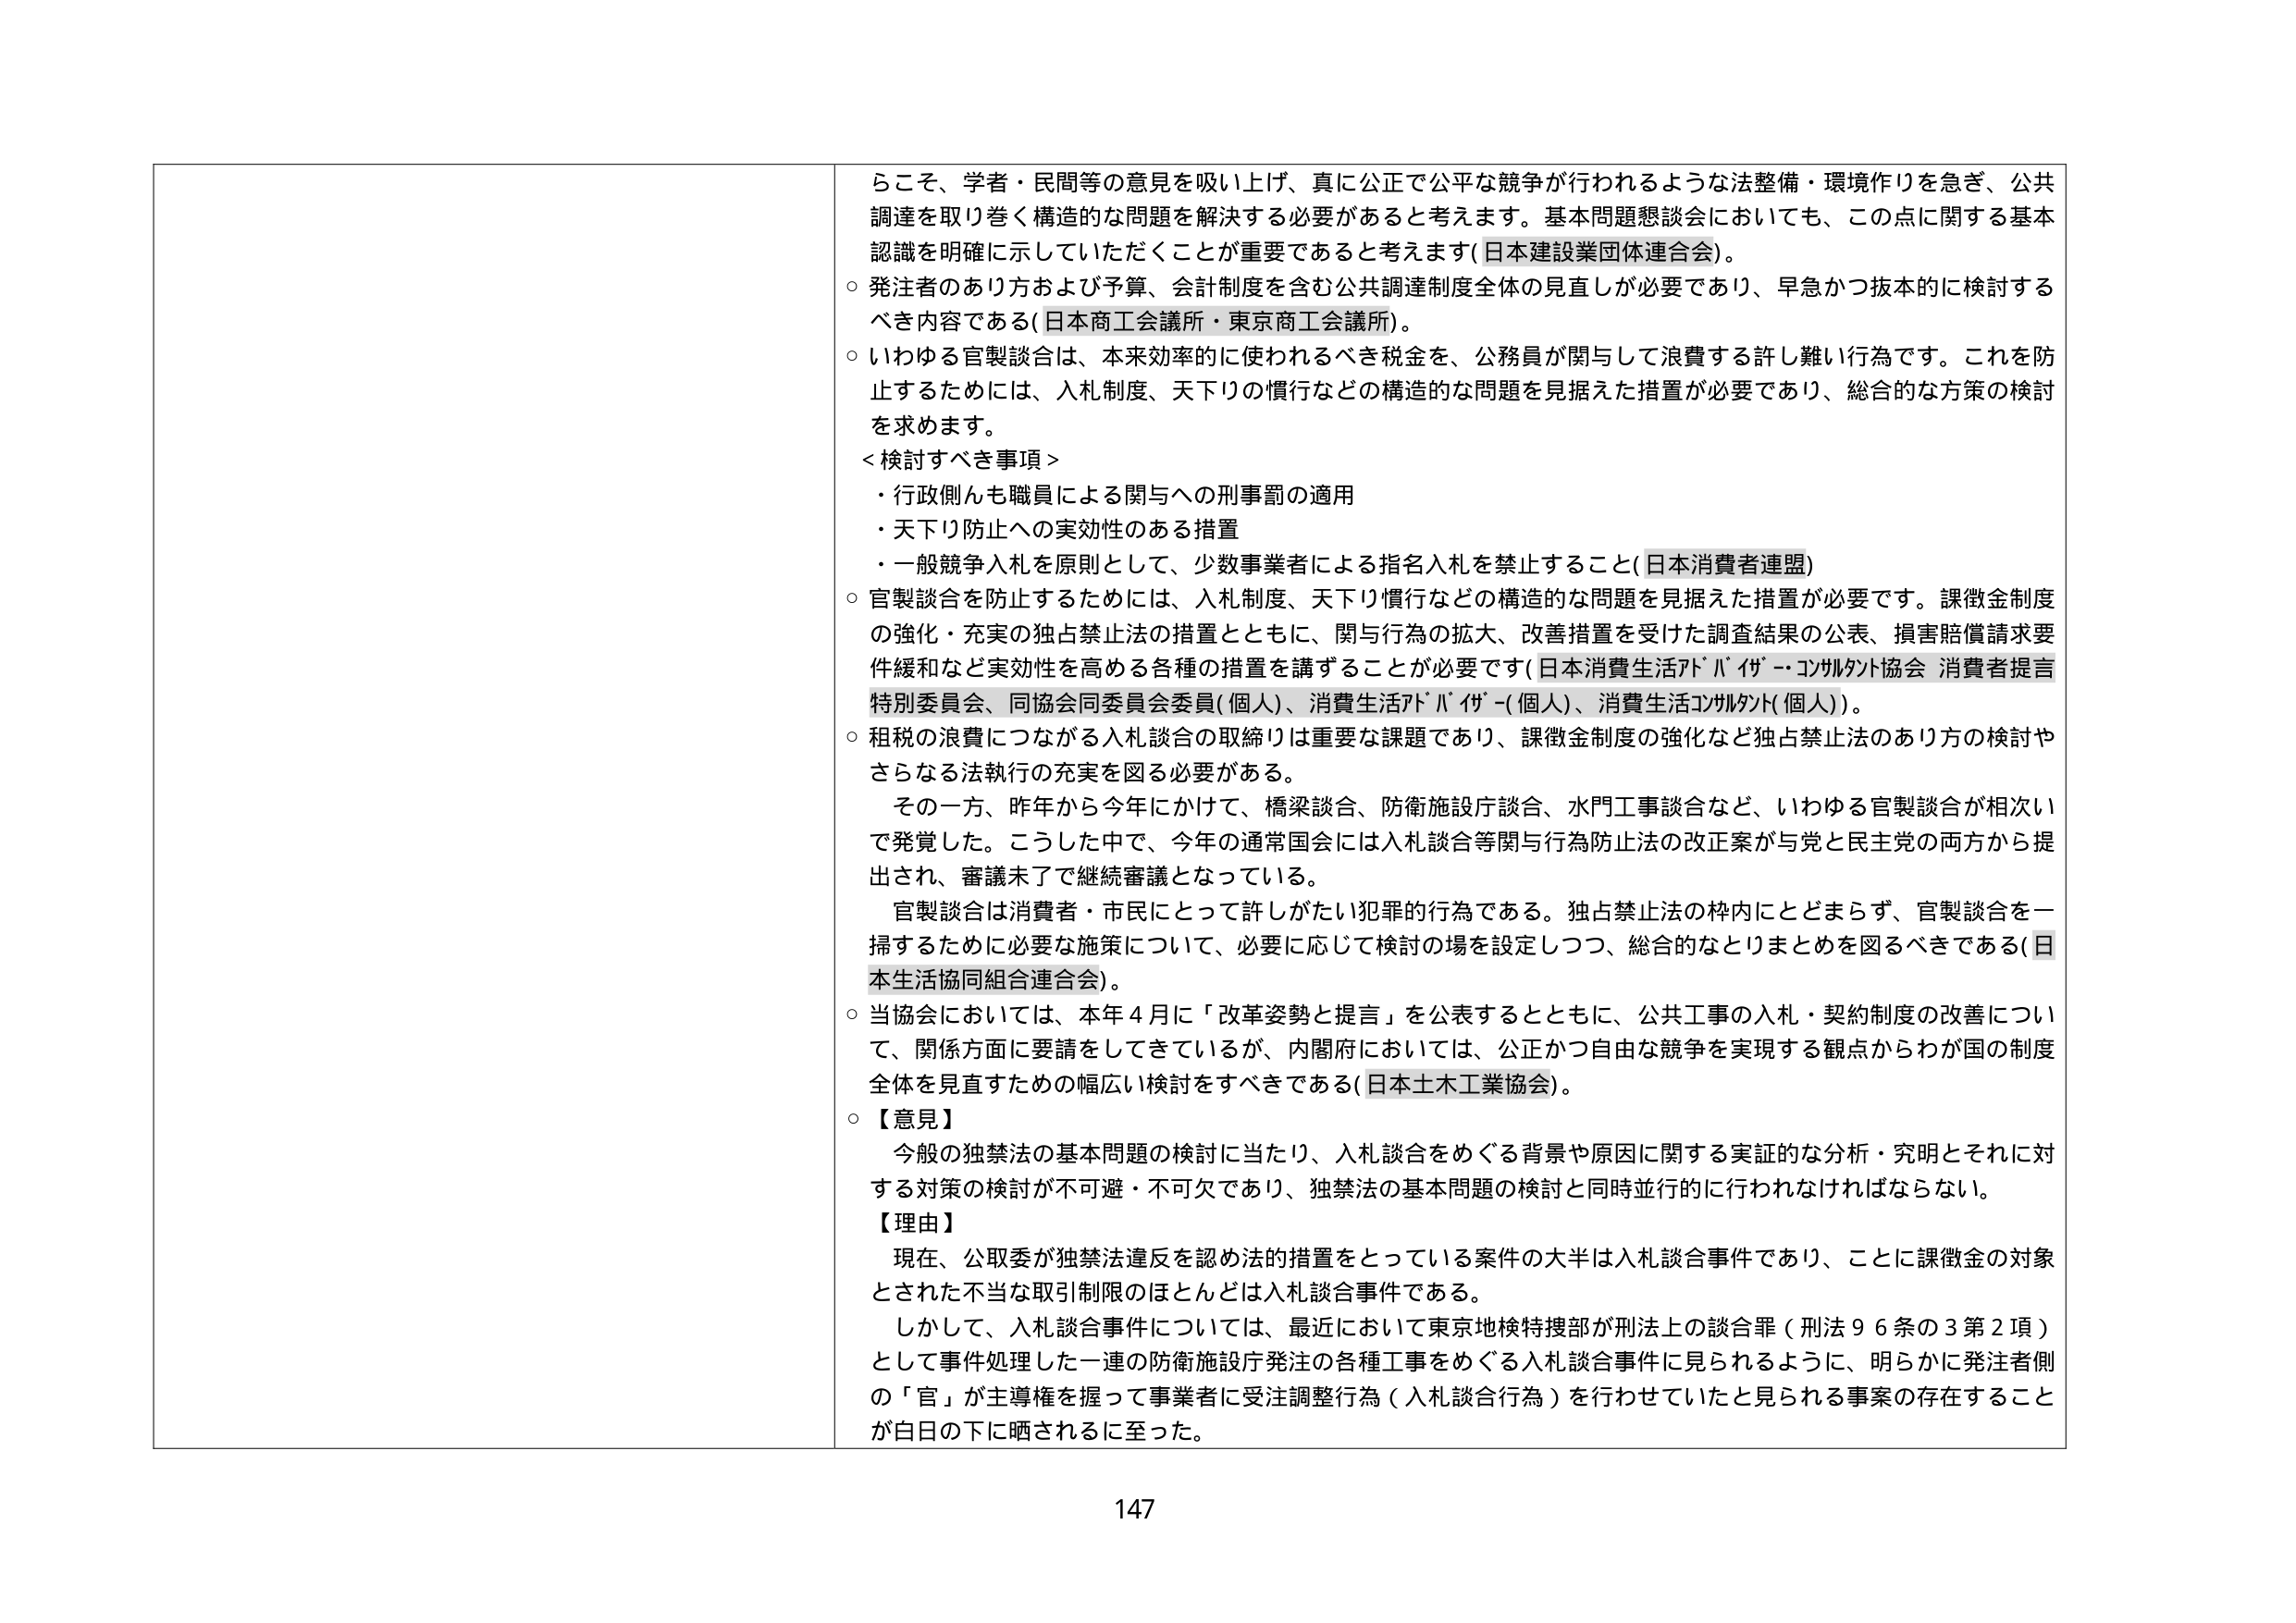
らこそ、学者・民間等の意見を吸い上げ、真に公正で公平な競争が行われるような法整備・環境作りを急ぎ、公共調達を取り巻く構造的な問題を解決する必要があると考えます。基本問題懇談会においても、この点に関する基本認識を明確に示していただくことが重要であると考えます（日本建設業団体連合会）。

○ 発注者のあり方および予算、会計制度を含む公共調達制度全体の見直しが必要であり、早急かつ抜本的に検討するべき内容である（日本商工会議所・東京商工会議所）。

○ いわゆる官製談合は、本来効率的に使われるべき税金を、公務員が関与して浪費する許し難い行為です。これを防止するためには、入札制度、天下りの慣行などの構造的な問題を見据えた措置が必要であり、総合的な方策の検討を求めます。

＜検討すべき事項＞
・ 行政側んも職員による関与への刑事罰の適用
・ 天下り防止への実効性のある措置
・ 一般競争入札を原則として、少数事業者による指名入札を禁止すること（日本消費者連盟）

○ 官製談合を防止するためには、入札制度、天下り慣行などの構造的な問題を見据えた措置が必要です。課徴金制度の強化・充実の独占禁止法の措置とともに、関与行為の拡大、改善措置を受けた調査結果の公表、損害賠償請求要件緩和など実効性を高める各種の措置を講ずることが必要です（日本消費生活アドバイザー・コンサルタント協会 消費者提言特別委員会、同協会同委員会委員（個人）、消費生活アドバイザー（個人）、消費生活コンサルタント（個人））。

○ 租税の浪費につながる入札談合の取締りは重要な課題であり、課徴金制度の強化など独占禁止法のあり方の検討やさらなる法執行の充実を図る必要がある。

　その一方、昨年から今年にかけて、橋梁談合、防衛施設庁談合、水門工事談合など、いわゆる官製談合が相次いで発覚した。こうした中で、今年の通常国会には入札談合等関与行為防止法の改正案が与党と民主党の両方から提出され、審議未了で継続審議となっている。

　官製談合は消費者・市民にとって許しがたい犯罪的行為である。独占禁止法の枠内にとどまらず、官製談合を一掃するために必要な施策について、必要に応じて検討の場を設定しつつ、総合的なとりまとめを図るべきである（日本生活協同組合連合会）。

○ 当協会においては、本年４月に「改革姿勢と提言」を公表するとともに、公共工事の入札・契約制度の改善について、関係方面に要請をしてきているが、内閣府においては、公正かつ自由な競争を実現する観点からわが国の制度全体を見直すための幅広い検討をすべきである（日本土木工業協会）。

○ 【意見】
　　今般の独禁法の基本問題の検討に当たり、入札談合をめぐる背景や原因に関する実証的な分析・究明とそれに対する対策の検討が不可避・不可欠であり、独禁法の基本問題の検討と同時並行的に行われなければならない。

【理由】
　　現在、公取委が独禁法違反を認め法的措置をとっている案件の大半は入札談合事件であり、ことに課徴金の対象とされた不当な取引制限のほとんどは入札談合事件である。
　　しかして、入札談合事件については、最近において東京地検特捜部が刑法上の談合罪（刑法９６条の３第２項）として事件処理した一連の防衛施設庁発注の各種工事をめぐる入札談合事件に見られるように、明らかに発注者側の「官」が主導権を握って事業者に受注調整行為（入札談合行為）を行わせていたと見られる事案の存在することが白日の下に晒されるに至った。

147